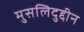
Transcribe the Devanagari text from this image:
मुसलिदुद्दीन